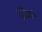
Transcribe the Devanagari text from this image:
ट्रिग्नो